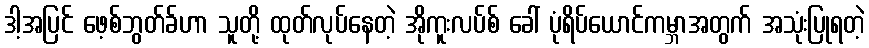
ဒါ့အပြင် ဖေ့စ်ဘွတ်ခ်ဟာ သူတို့ ထုတ်လုပ်နေတဲ့ အိုကူးလပ်စ် ခေါ် ပုံရိပ်ယောင်ကမ္ဘာအတွက် အသုံးပြုရတဲ့